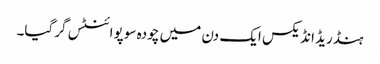
ہنڈریڈ انڈیکس ایک دن میں چودہ سو پوائنٹس گرگیا۔